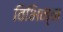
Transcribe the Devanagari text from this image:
विभिन्न